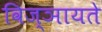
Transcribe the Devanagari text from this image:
विज्ञायते